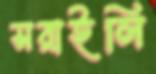
সরাইলি